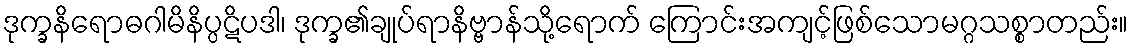
ဒုက္ခနိရောဓဂါမိနိပ္ပဋိပဒါ၊ ဒုက္ခ၏ချုပ်ရာနိဗ္ဗာန်သို့ရောက် ကြောင်းအကျင့်ဖြစ်သောမဂ္ဂသစ္စာတည်း။